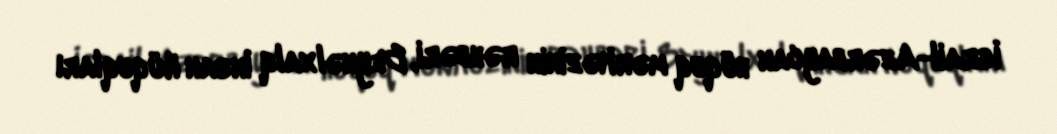
İsrail-Azərbaycan hüquq mərkəzinin rəhbəri, Beynəlxalq İnsan Hüquqları